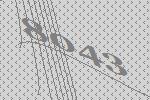
8043